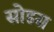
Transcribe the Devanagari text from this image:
सोडस